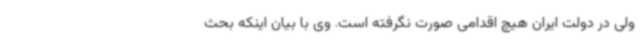
ولی در دولت ایران هیچ اقدامی صورت نگرفته است. وی با بیان اینکه بحث